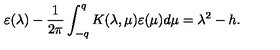
\varepsilon ( \lambda ) - \frac { 1 } { 2 \pi } \int _ { - q } ^ { q } K ( \lambda , \mu ) \varepsilon ( \mu ) d \mu = \lambda ^ { 2 } - h .